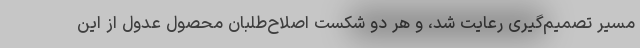
مسیر تصمیم‌گیری رعایت شد، و هر دو شکست اصلاح‌طلبان محصول عدول از این